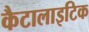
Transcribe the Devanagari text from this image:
कैटालाइटिक